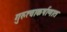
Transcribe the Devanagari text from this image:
गुरुत्वाकर्षाणात